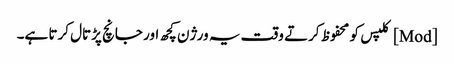
[Mod] کلپس کو محفوظ کرتے وقت یہ ورژن کچھ اور جانچ پڑتال کرتا ہے۔